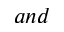
a n d